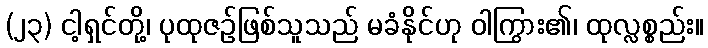
(၂၃) ငါ့ရှင်တို့၊ ပုထုဇဉ်ဖြစ်သူသည် မခံနိုင်ဟု ဝါကြွား၏၊ ထုလ္လစ္စည်း။